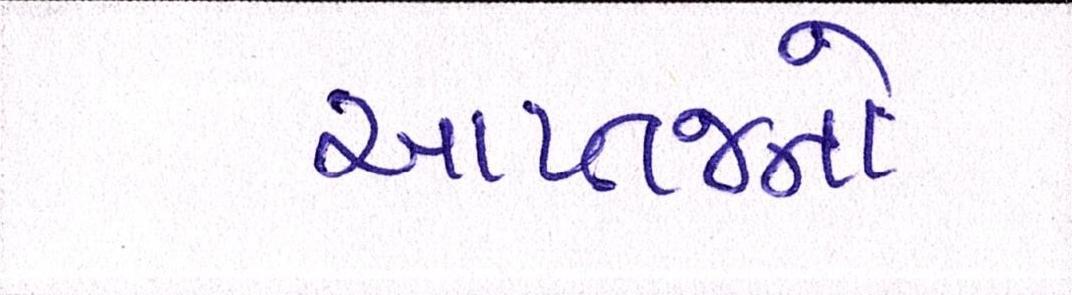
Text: આપ્તજનો